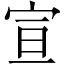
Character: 宣